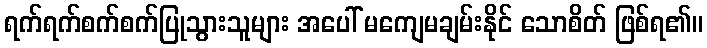
ရက်ရက်စက်စက်ပြုသွားသူများ အပေါ် မကျေမချမ်းနိုင် သောစိတ် ဖြစ်ရ၏။